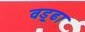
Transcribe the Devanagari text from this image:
वड्र्ढा